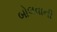
બોલવાની